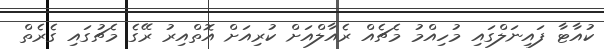
ކުއާޓާ ފައިނަލްގައި މުހިއްމު މެޗެއް ރެއާލްއަށް ކުރިއަށް އޮތްއިރު ރޭގެ މެޗުގައި ގެރެތް